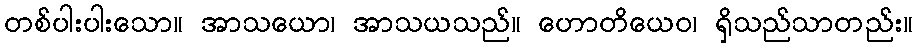
တစ်ပါးပါးသော။ အာသယော၊ အာသယသည်။ ဟောတိယေဝ၊ ရှိသည်သာတည်း။